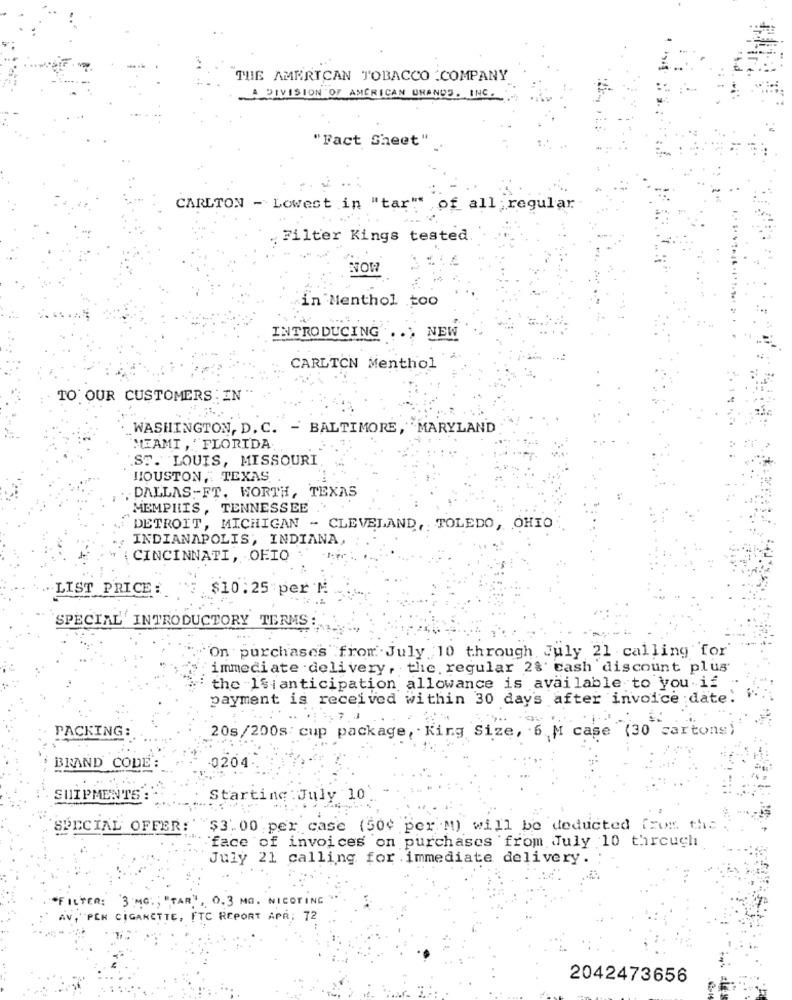
THE AMERICAN TOBACCO COMPANY
A DIVISION OF AMERICAN UMANUS. INC.
"Fact Sheet"
CARLTON - Lowest in "tar"" of all regular
Filter Kings tested
NOW
in Menthol to0
INTRODUCING
.> NEW
CARLTON Menthol
TO OUR CUSTOMERS : EN
_WASHINGTON, D. C. - BALTIMORE, MARYLAND
MIAMI , FLORIDA
ST. LOUIS, MISSOURI
HOUSTON, TEXAS
. DALLAS-FT. WORTH, TEXAS
MEMPHIS , TENNESSEE ..
DETROIT, MICHIGAN - CLEVELAND, TOLEDO, OHIO
INDIANAPOLIS, INDIANA,
CINCINNATI, OFIO
LIST PRICE:
$10.25 per ₦
SPECIAL INTRODUCTORY TERMS:
On purchases from July 10 through July 21 calling for
immediate delivery, the regular 2% cash discount plus
the Isi anticipation allowance is available to you if
payment is received within 30 day's after invoice date!
PACKING:
20s/200s: cup package, King Size, 6 M case (30 cartons)
BRAND CODE
-0204
SHIPMENTS
Starting :July 10
SPECIAL OFFER: $3.00 per case (50¢ per M) will be deducted from the.
"face of invoices on purchases from July 10 through
July 21 calling for immediate delivery.
"FILTER: '3 MG ., "TAR", 0.3 MG. NICOTING
AV, PEN CIGARETTE, FTC REPORT APR: 72
2042473656